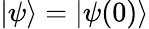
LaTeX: \left|\psi\right\rangle=\left|\psi(0)\right\rangle